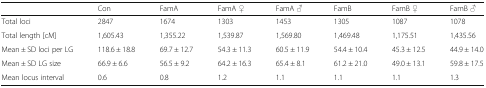
<table><thead><tr><td></td><td><b>Con</b></td><td><b>FamA</b></td><td><b>FamA ♀</b></td><td><b>FamA ♂</b></td><td><b>FamB</b></td><td><b>FamB ♀</b></td><td><b>FamB ♂</b></td></tr></thead><tbody><tr><td>Total loci</td><td>2847</td><td>1674</td><td>1303</td><td>1453</td><td>1305</td><td>1087</td><td>1078</td></tr><tr><td>Total length [cM]</td><td>1,605.43</td><td>1,355.22</td><td>1,539.87</td><td>1,569.80</td><td>1,469.48</td><td>1,175.51</td><td>1,435.56</td></tr><tr><td>Mean ± SD loci per LG</td><td>118.6 ± 18.8</td><td>69.7 ± 12.7</td><td>54.3 ± 11.3</td><td>60.5 ± 11.9</td><td>54.4 ± 10.4</td><td>45.3 ± 12.5</td><td>44.9 ± 14.0</td></tr><tr><td>Mean ± SD LG size</td><td>66.9 ± 6.6</td><td>56.5 ± 9.2</td><td>64.2 ± 16.3</td><td>65.4 ± 8.1</td><td>61.2 ± 21.0</td><td>49.0 ± 13.1</td><td>59.8 ± 17.5</td></tr><tr><td>Mean locus interval</td><td>0.6</td><td>0.8</td><td>1.2</td><td>1.1</td><td>1.1</td><td>1.1</td><td>1.3</td></tr></tbody></table>